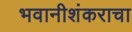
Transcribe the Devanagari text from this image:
भवानीशंकराचा